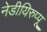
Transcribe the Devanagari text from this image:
नेडीयिरुप्पू